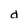
Character: d